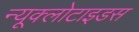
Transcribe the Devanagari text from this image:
न्यूक्लोटाइडस